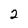
Character: 2